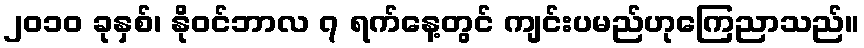
၂၀၁၀ ခုနှစ်၊ နိုဝင်ဘာလ ၇ ရက်နေ့တွင် ကျင်းပမည်ဟုကြေညာသည်။